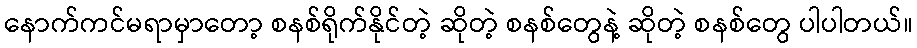
နောက်ကင်မရာမှာတော့ စနစ်ရိုက်နိုင်တဲ့ ဆိုတဲ့ စနစ်တွေနဲ့ ဆိုတဲ့ စနစ်တွေ ပါပါတယ်။